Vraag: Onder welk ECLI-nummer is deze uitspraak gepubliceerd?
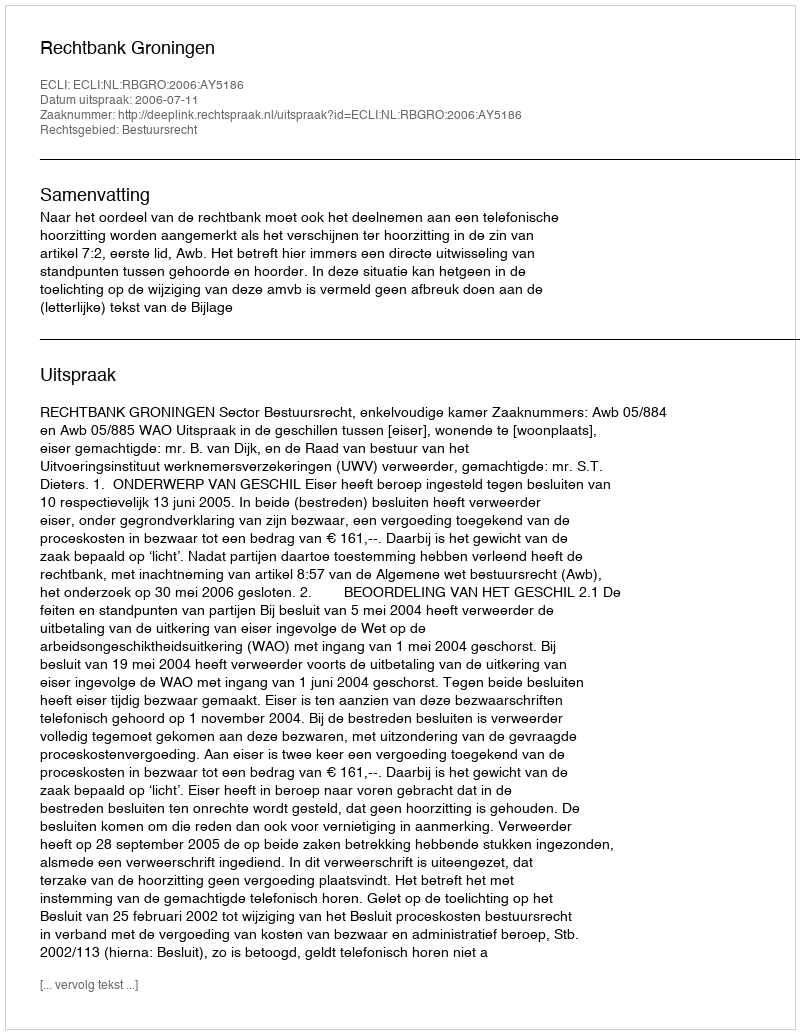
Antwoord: ECLI:NL:RBGRO:2006:AY5186